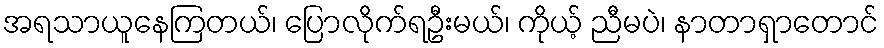
အရသာယူနေကြတယ်၊ ပြောလိုက်ရဦးမယ်၊ ကိုယ့် ညီမပဲ၊ နာတာရှာတောင်